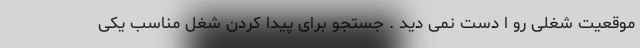
موقعیت شغلی رو ا دست نمی دید . جستجو برای پیدا کردن شغل مناسب یکی